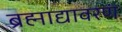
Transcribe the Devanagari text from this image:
ब्रह्माद्यावरणं